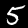
Label: 5